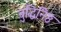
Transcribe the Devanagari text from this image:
बुद्धिनि़ष्ठ